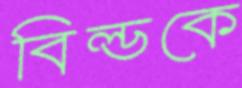
বিল্ডকে